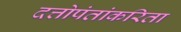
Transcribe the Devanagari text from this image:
दत्तोपंतांकरिता